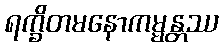
ရက္ခိတမနောကမ္မန္တဿ